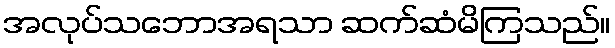
အလုပ်သဘောအရသာ ဆက်ဆံမိကြသည်။